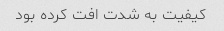
کیفیت به شدت افت کرده بود